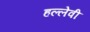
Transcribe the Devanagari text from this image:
हल्लेवी